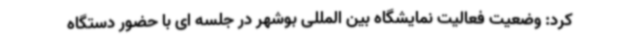
کرد: وضعیت فعالیت نمایشگاه بین المللی بوشهر در جلسه ای با حضور دستگاه